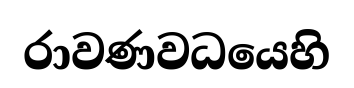
රාවණවධයෙහි